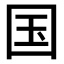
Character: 国